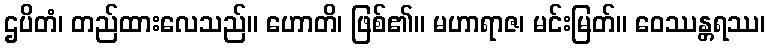
ဌပိတံ၊ တည်ထားလေသည်။ ဟောတိ၊ ဖြစ်၏။ မဟာရာဇ၊ မင်းမြတ်။ ဝေဿန္တရဿ၊